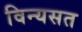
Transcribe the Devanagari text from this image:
विन्यसत